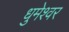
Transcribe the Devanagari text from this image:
धुमेश्वर